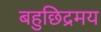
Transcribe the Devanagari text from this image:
बहुछिद्रमय